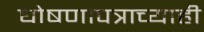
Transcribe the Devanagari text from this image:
घोषणापत्राच्याही